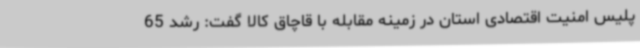
پلیس امنیت اقتصادی استان در زمینه مقابله با قاچاق کالا گفت: رشد 65